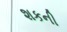
શકની